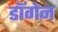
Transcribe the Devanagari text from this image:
डॉगेन